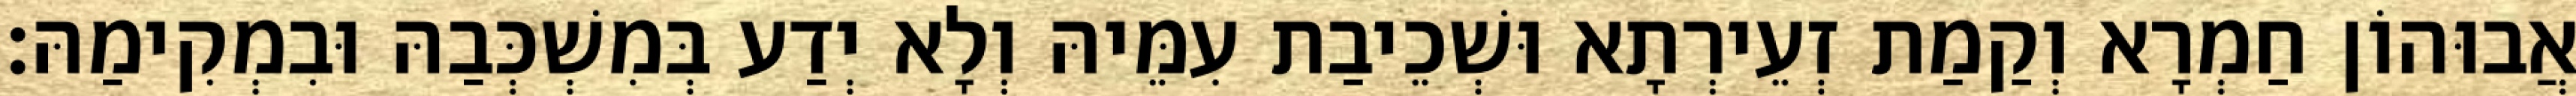
אֲבוּהוֹן חַמְרָא וְקַמַת זְעֵירְתָא וּשְׁכֵיבַת עִמֵּיהּ וְלָא יְדַע בְּמִשְׁכְּבַהּ וּבִמְקִימַהּ׃